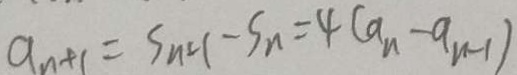
a _ { n + 1 } = S _ { n } = 1 - S _ { n } = 4 ( a _ { n } - a _ { n - 1 } )